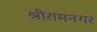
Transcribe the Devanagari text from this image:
श्रीरामनगर